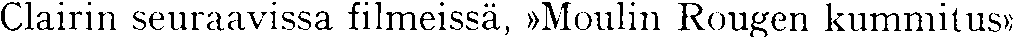
Clairin seuraavissa filmeissä, »Moulin Rougen kummitus»